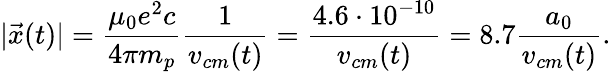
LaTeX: |\vec{x}(t)|=\frac{\mu_{0}e^{2}c}{4\pi m_{p}}\frac{1}{v_{cm}(t)}=\frac{4.6\cdot 10^{-10}}{v_{cm}(t)}=8.7\frac{a_{0}}{v_{cm}(t)}.